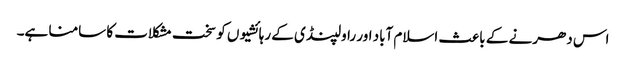
اس دھرنے کے باعث اسلام آباد اور راولپنڈی کے رہائشیوں کو سخت مشکلات کا سامنا ہے۔